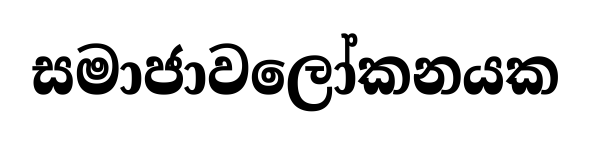
සමාජාවලෝකනයක